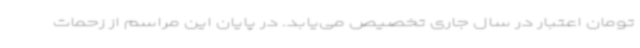
تومان اعتبار در سال جاری تخصیص می‌یابد. در پایان این مراسم از زحمات